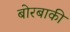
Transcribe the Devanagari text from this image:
बोरबाकी